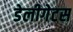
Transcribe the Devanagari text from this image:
डेलीगेटस